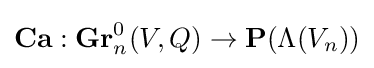
\mathbf {Ca} :\mathbf {Gr} _{n}^{0}(V,Q)\rightarrow \mathbf {P} (\Lambda (V_{n}))